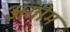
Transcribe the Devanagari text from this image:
अग्रीम